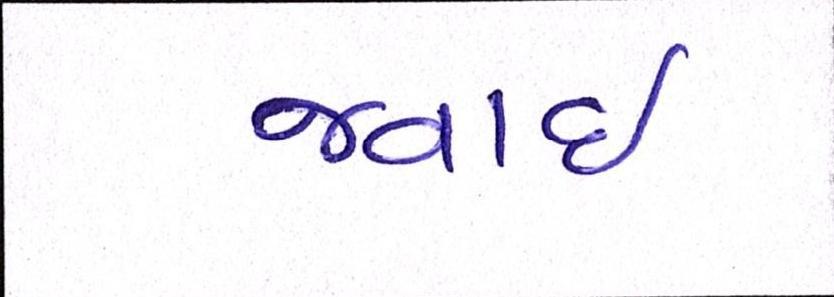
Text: જવાઇ